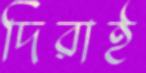
দিরাই